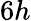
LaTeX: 6h